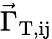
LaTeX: \vec{\Gamma}_{\mathrm{T,ij}}